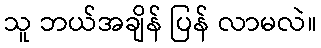
သူ ဘယ်အချိန် ပြန် လာမလဲ။